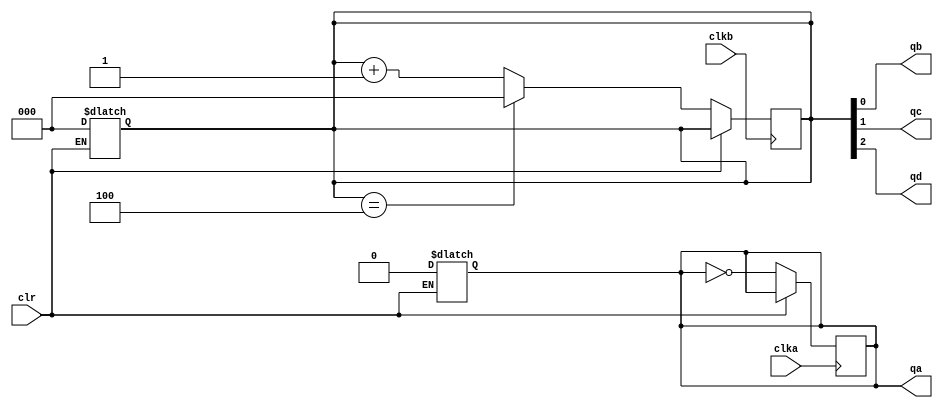
module sn74ls390(qa, qb, qc, qd, clka, clkb, clr);
input clka, clkb, clr;
output qa, qb, qc, qd;
reg cnta;
reg [2:0] cntbcd;


parameter 
	// TI TTL data book Vol 1, 1985
	tPLHA_min=0, tPLHA_typ=12, tPLHA_max=20,	//TPL CLK1 -> QA
	tPHLA_min=0, tPHLA_typ=13, tPHLA_max=20,
	tPLHB_min=0, tPLHB_typ=13, tPLHB_max=21,	//TPL CLK2 -> QB
	tPHLB_min=0, tPHLB_typ=14, tPHLB_max=21,
	tPLHC_min=0, tPLHC_typ=24, tPLHC_max=39,	//TPL CLK2 -> QC
	tPHLC_min=0, tPHLC_typ=26, tPHLC_max=39,
	tPLHD_min=0, tPLHD_typ=13, tPLHD_max=21,	//TPL CLK2 -> QD
	tPHLD_min=0, tPHLD_typ=14, tPHLD_max=21;

always @(clr)
begin
  if (clr==1) begin
	cnta <= 'b0;
	cntbcd <= 3'b000;
  end
end

/* counter A */
always @(negedge clka)
begin
	if (clr==0)
	begin
		cnta <= ~cnta;
	end
end

assign #(tPLHA_min:tPLHA_typ:tPLHA_max,
		 tPHLA_min:tPHLA_typ:tPHLA_max)
	qa = cnta;

/* counter BCD */
always @(negedge clkb)
begin
	if (clr==0)
	begin
		cntbcd <= cntbcd==3'b100 ? 3'b000 : (cntbcd+1);
	end
end
assign #(tPLHB_min:tPLHB_typ:tPLHB_max,
		 tPHLB_min:tPHLB_typ:tPHLB_max)
	qb = cntbcd[0];
assign #(tPLHC_min:tPLHC_typ:tPLHC_max,
		 tPHLC_min:tPHLC_typ:tPHLC_max)
	qc = cntbcd[1];
assign #(tPLHD_min:tPLHD_typ:tPLHD_max,
		 tPHLD_min:tPHLD_typ:tPHLD_max)
	qd = cntbcd[2];

endmodule